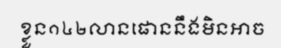
ខ្លួន១៤២លានផោននឹងមិនអាច